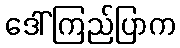
ဒေါ်ကြည်ပြာက